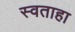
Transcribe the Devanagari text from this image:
स्वताहा